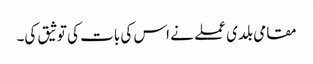
مقامی بلدی عملے نے اس کی بات کی توثیق کی۔